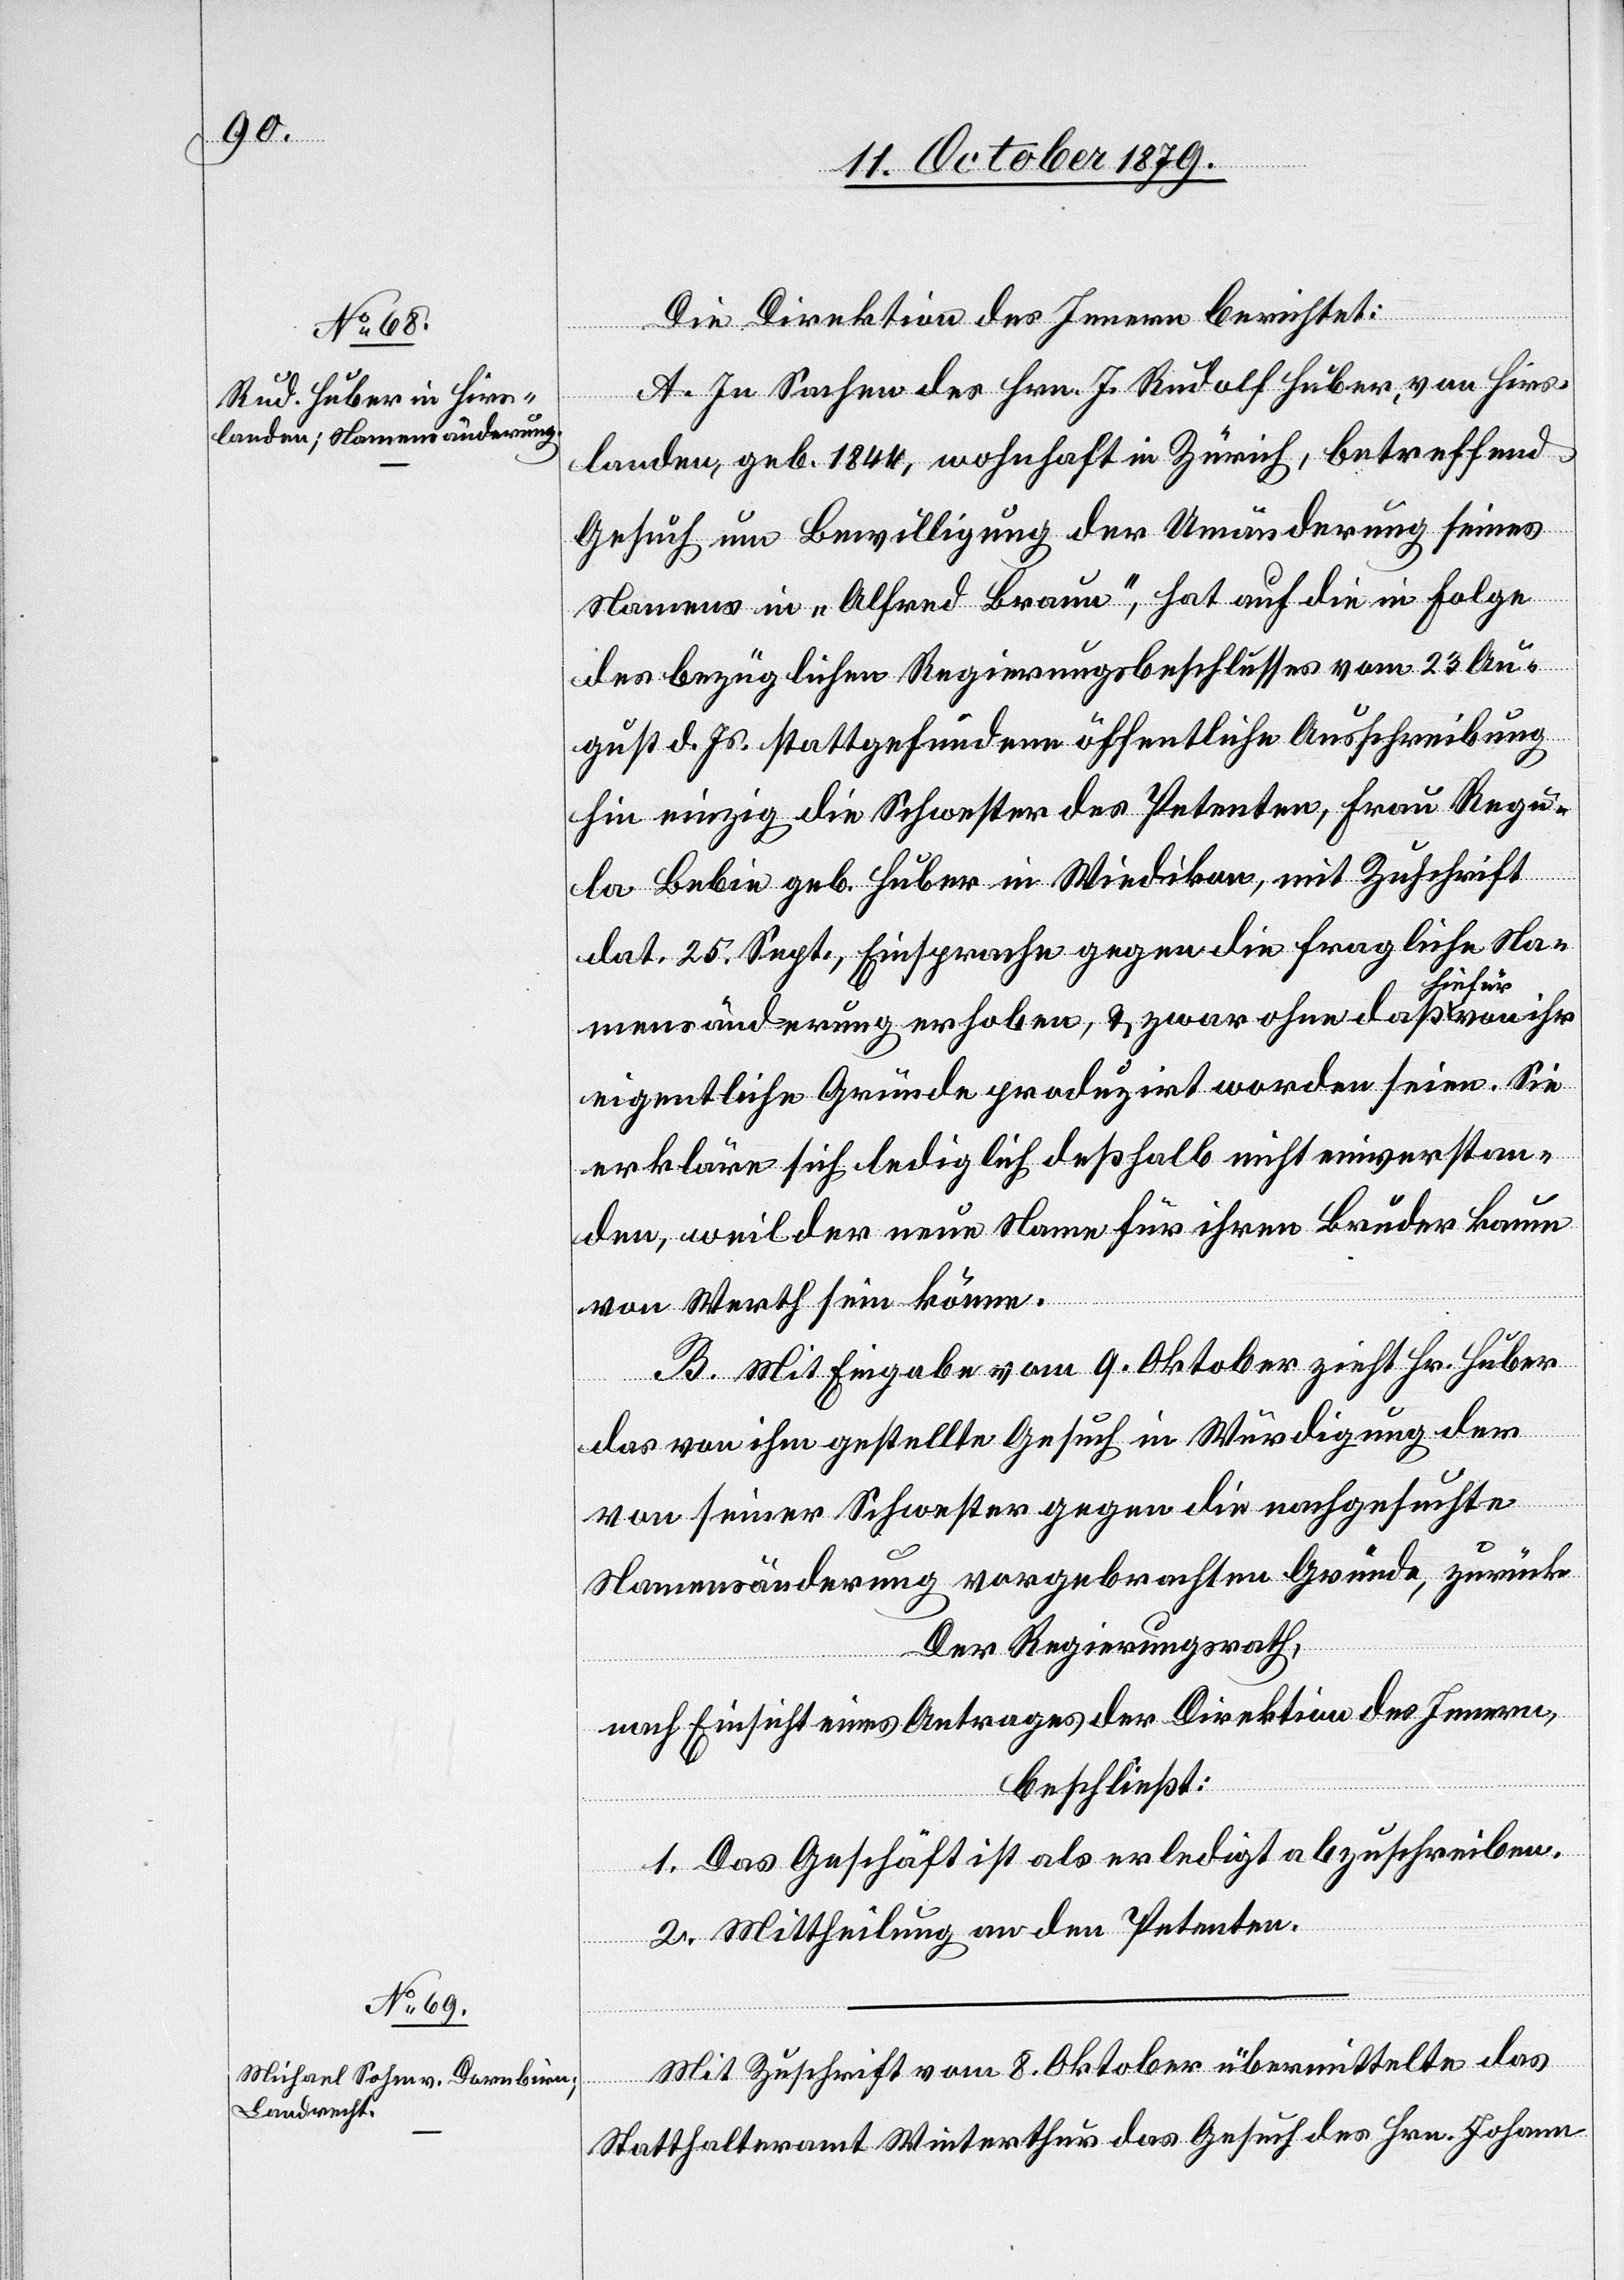
Die Direktion des Innern berichtet:
A. In Sachen des Hrn. J. Rudolf Huber, von Hirs¬
landen, geb. 1844, wohnhaft in Zürich, betreffend
Gesuch um Bewilligung der Umänderung seines
Namens in „Alfred Braun“, hat auf die in Folge
des bezüglichen Regierungsbeschlusses vom 23. Au¬
gust d. Js. stattgefundene öffentliche Ausschreibung
hin einzig die Schwester des Petenten, Frau Regu¬
la Bebie, geb. Huber in Wiedikon, mit Zuschrift
dat. 25. Sept., Einsprache gegen die fragliche Na¬
hiefür
mensänderung erhoben, & zwar ohne daß
eigentliche Gründe produzirt worden seien. Sie
erkläre sich lediglich deßhalb nicht einverstan¬
den, weil der neue Name für ihren Bruder kaum
von Werth sein könne.
B. Mit Eingabe vom 9. Oktober zieht Hr. Huber
das von ihm gestellte Gesuch in Würdigung dem
von seiner Schwester gegen die nachgesuchte
Namensänderung vorgebrachten Gründe, zurück.
Der Regierungsrath,
nach Einsicht eines Antrages der Direktion des Innern,
beschließt:
1. Das Geschäft ist als erledigt abzuschreiben.
2. Mittheilung an den Petenten.
Mit Zuschrift vom 8. Oktober übermittelte das
von ihr
Statthalteramt Winterthur das Gesuch des Hrn. Johann